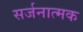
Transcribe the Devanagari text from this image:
सर्जनात्‍मक